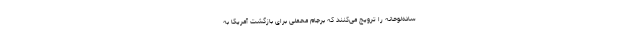
ساده‌لوحانه را ترویج می‌کنند که برجام محملی برای بازگشت آمریکا به